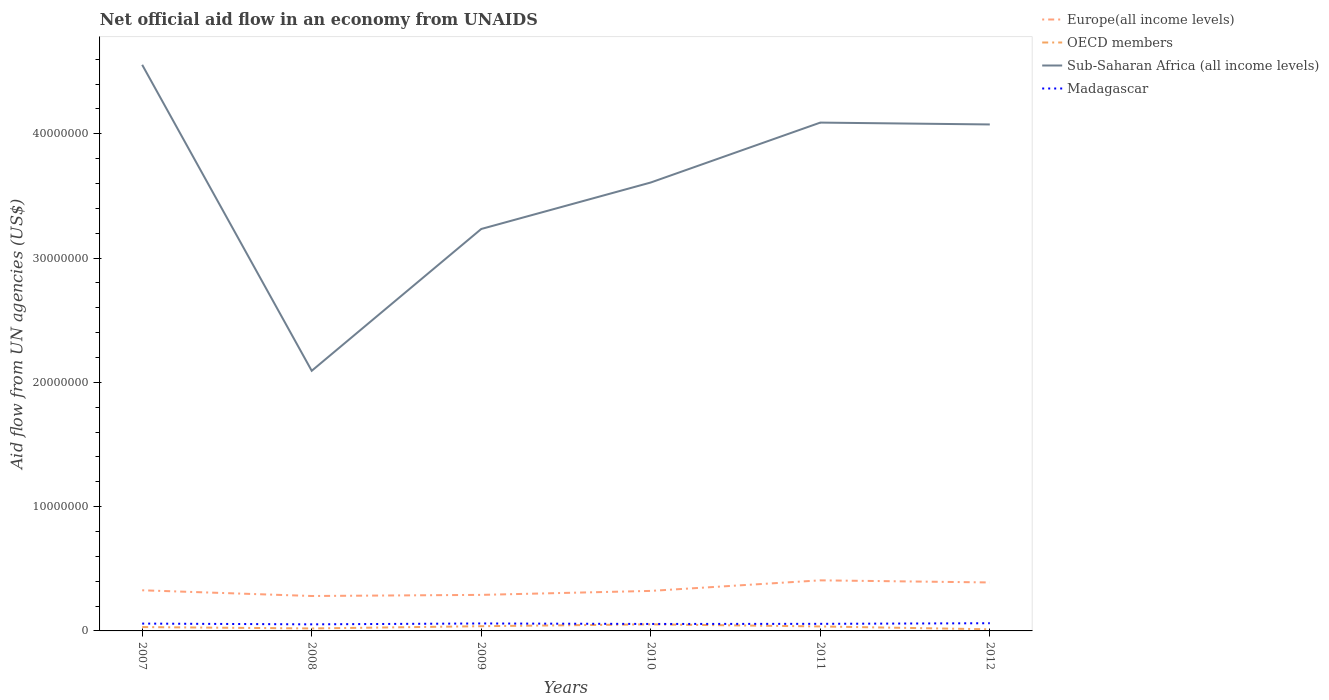
| Years | Europe(all income levels) | OECD members | Sub-Saharan Africa (all income levels) | Madagascar |
 | --- | --- | --- | --- | --- |
 | 2007 | 3.27e+06 | 3.1e+05 | 4.56e+07 | 5.9e+05 |
 | 2008 | 2.81e+06 | 2e+05 | 2.09e+07 | 5.3e+05 |
 | 2009 | 2.9e+06 | 3.8e+05 | 3.23e+07 | 6e+05 |
 | 2010 | 3.22e+06 | 5.3e+05 | 3.61e+07 | 5.6e+05 |
 | 2011 | 4.07e+06 | 3.6e+05 | 4.09e+07 | 5.7e+05 |
 | 2012 | 3.9e+06 | 1.3e+05 | 4.08e+07 | 6.2e+05 |